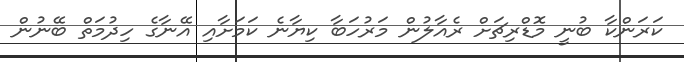
ކަރަންކާ ބުނީ މޮޑްރިޗަށް ރެއާލުން މަރުހަބާ ކިޔާނެ ކަމަށާއި އޭނާގެ ހިދުމަތް ބޭނުން